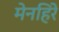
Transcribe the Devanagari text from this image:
मेनहिरे